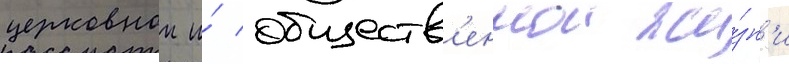
церковнои и́ обществ'еннои жи́зн'и